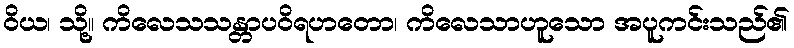
ဝိယ၊ သို့။ ကိလေသသန္တာပဝိရဟတော၊ ကိလေသာဟူသော အပူကင်းသည်၏